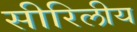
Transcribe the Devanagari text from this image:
सीरिलीय